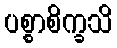
ပစ္စာစိက္ခသိ